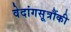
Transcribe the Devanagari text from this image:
वेदांगसूत्रौंकी